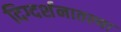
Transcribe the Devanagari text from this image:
दिग्दर्शनातल्या